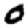
Digit: 0